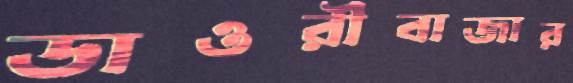
ডাওরীবাজার